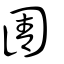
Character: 圊